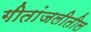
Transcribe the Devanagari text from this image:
गीतांजलीतील